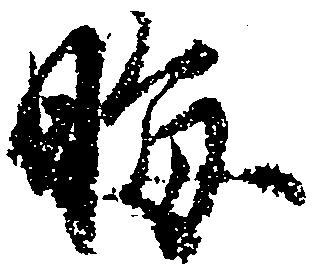
晦